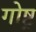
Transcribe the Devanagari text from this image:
गोष्ट्